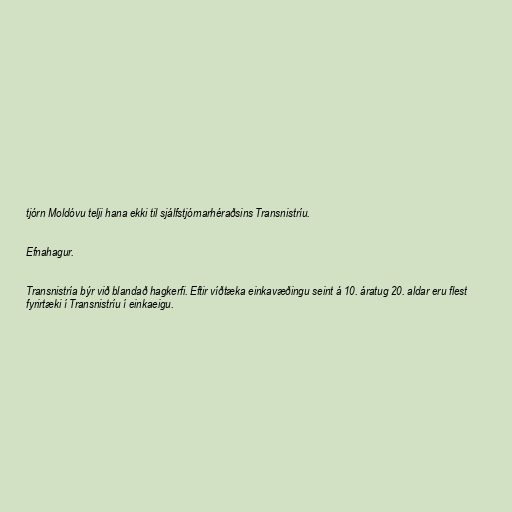
tjórn Moldóvu telji hana ekki til sjálfstjórnarhéraðsins Transnistríu.

Efnahagur.

Transnistría býr við blandað hagkerfi. Eftir víðtæka einkavæðingu seint á 10. áratug 20. aldar eru flest
fyrirtæki í Transnistríu í einkaeigu.